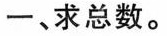
一、求总数。